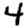
Digit: 4